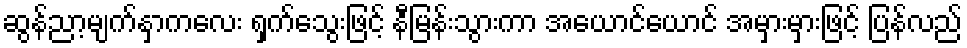
ဆွန်ညာ့မျက်နှာကလေး ရှက်သွေးဖြင့် နီမြန်းသွားကာ အယောင်ယောင် အမှားမှားဖြင့် ပြန်လည်